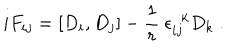
LaTeX: i F _ { i j } = [ D _ { i } , D _ { j } ] - \frac { 1 } { r } ~ \epsilon _ { i j } ^ { ~ ~ k } D _ { k } ~ . \nonumber